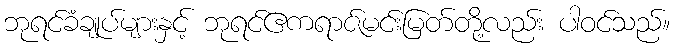
ဘုရင်ခံချုပ်များနှင့် ဘုရင်ဧကရာဇ်မင်းမြတ်တို့လည်း ပါဝင်သည်။